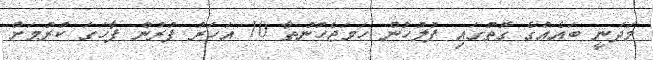
މަދަނީ ބައެއްގެ ގޮތުގައި ފުލުހުން ހަމަޖެހުނުތާ 10 އަހަރު ފުރުން ފާހަގަ ކުރުމަށް